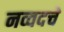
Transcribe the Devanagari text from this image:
नव्वदचे